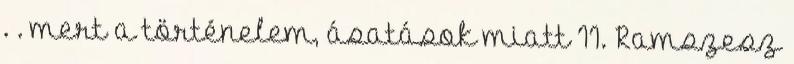
. . mert a történelem, ásatások miatt II. Ramszesz